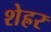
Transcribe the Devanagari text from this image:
शेह्रर